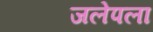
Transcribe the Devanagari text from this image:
जलेपला